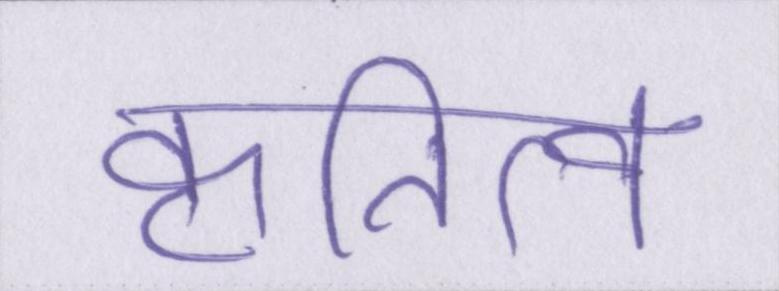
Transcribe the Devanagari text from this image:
कृतित्व